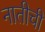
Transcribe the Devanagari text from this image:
नातीची